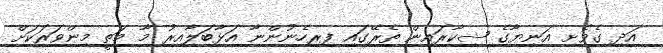
އަދި ގެވެށި އަނިޔާގެ ޝިކާރައިން ތެރޭގައި ފިރިހެނުންނާ އަޅާބަލާއިރު މާ މަތީ މިންވަރަކަށް